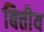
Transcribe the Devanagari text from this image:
बित्तीय